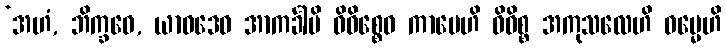
‘အဟံ, ဘိက္ခဝေ, ယာဝဒေဝ အာကင်္ခါမိ ဝိဝိစ္စေဝ ကာမေဟိ ဝိဝိစ္စ အကုသလေဟိ ဓမ္မေဟိ